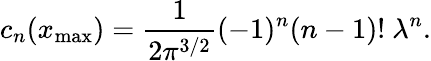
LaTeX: c_{n}(x_{\mathrm{max}})={\frac{1}{2\pi^{3/2}}}(-1)^{n}(n-1)!\ \lambda^{n}.